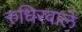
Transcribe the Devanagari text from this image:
रुधिरवाले